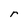
Character: r